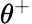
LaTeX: \theta^{+}